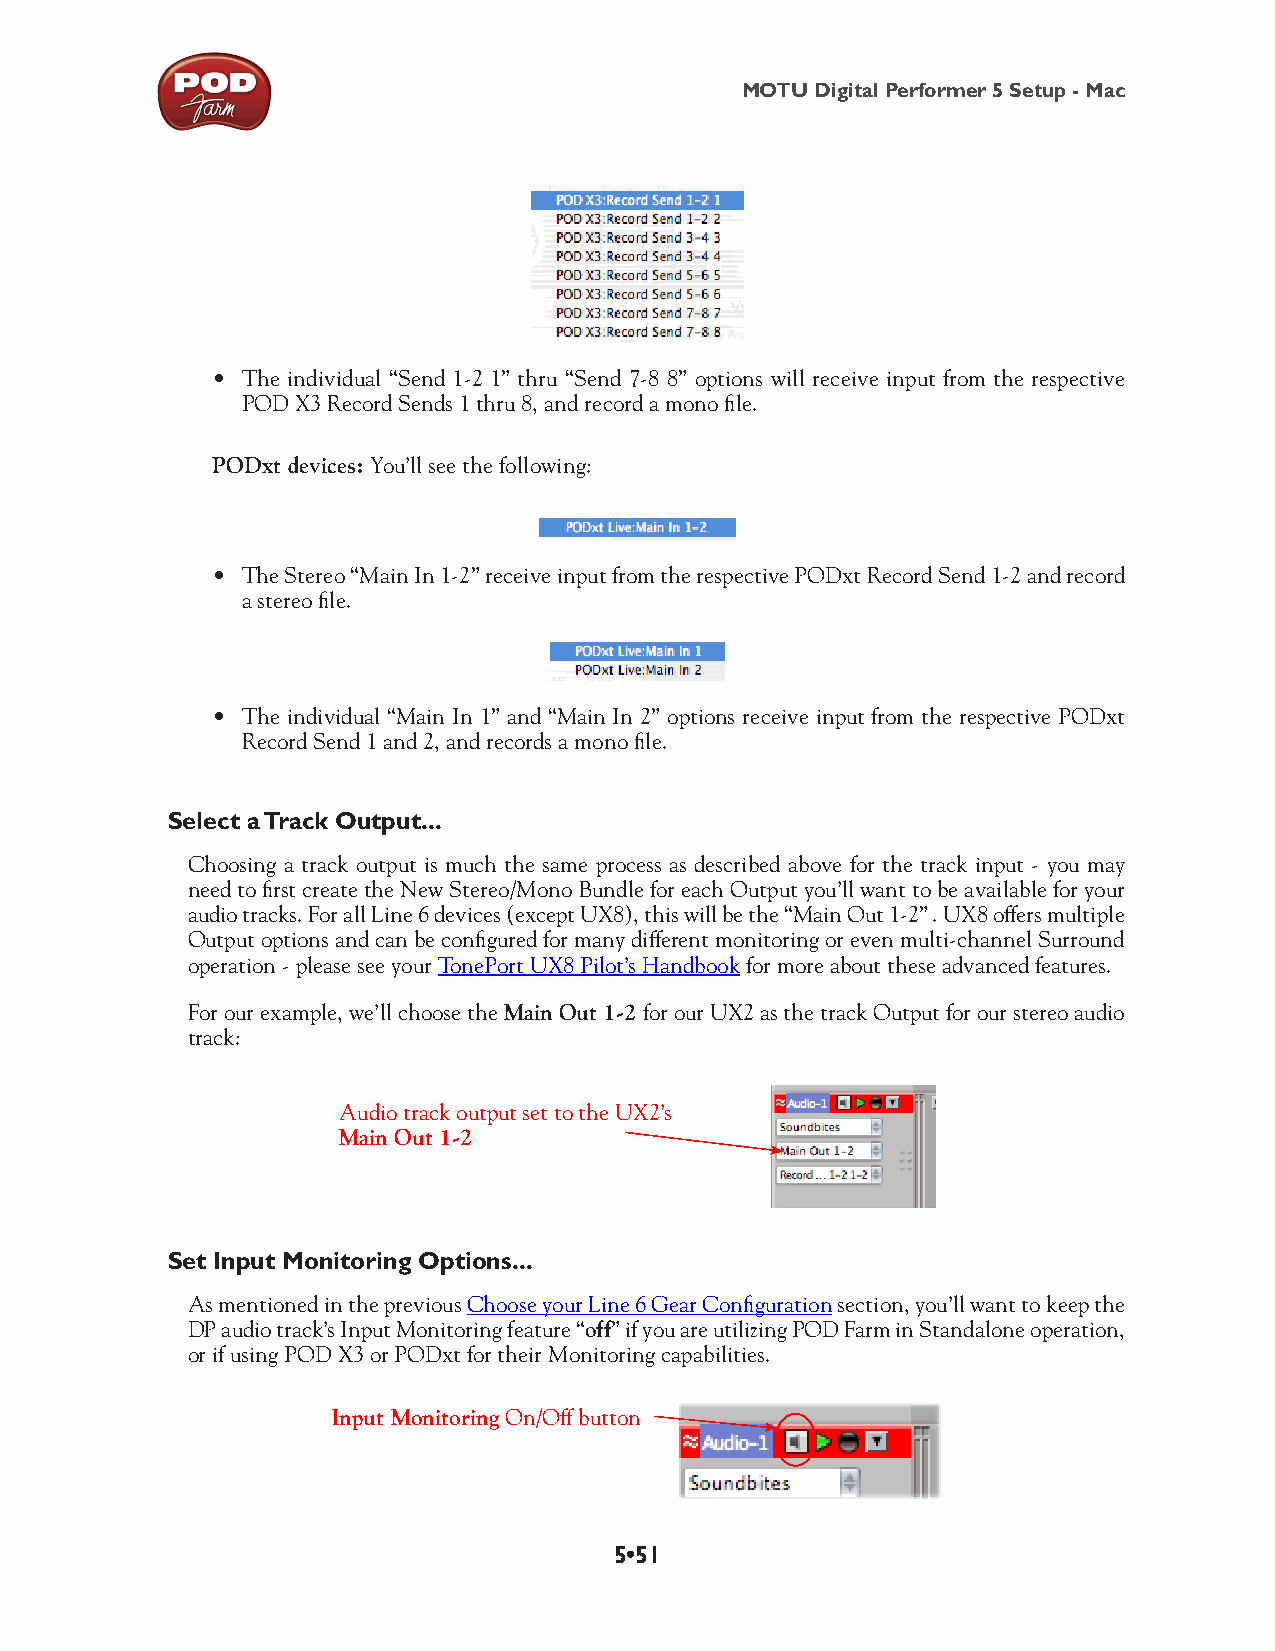
MOTU Digital Performer 5 Setup - Mac
 • The individual “Send 1-2 1” thru “Send 7-8 8” options will receive input from the respective
 POD X3 Record Sends 1 thru 8, and record a mono file.
 PODxt devices: You’ll see the following:
 • The Stereo “Main In 1-2” receive input from the respective PODxt Record Send 1-2 and record
 a stereo file.
 • The individual “Main In 1” and “Main In 2” options receive input from the respective PODxt
 Record Send 1 and 2, and records a mono file.
 Select a Track Output...
 Choosing a track output is much the same process as described above for the track input - you may
 need to first create the New Stereo/Mono Bundle for each Output you’ll want to be available for your
 audio tracks. For all Line 6 devices (except UX8), this will be the “Main Out 1-2” . UX8 offers multiple
 Output options and can be configured for many different monitoring or even multi-channel Surround
 operation - please see your TonePort UX8 Pilot’s Handbook for more about these advanced features.
 For our example, we’ll choose the Main Out 1-2 for our UX2 as the track Output for our stereo audio
 track:
 Audio track output set to the UX2’s
 Main Out 1-2
 Set Input Monitoring Options...
 As mentioned in the previous Choose your Line 6 Gear Configuration section, you’ll want to keep the
 DP audio track’s Input Monitoring feature “off” if you are utilizing POD Farm in Standalone operation,
 or if using POD X3 or PODxt for their Monitoring capabilities.
 Input Monitoring On/Off button
 5•51